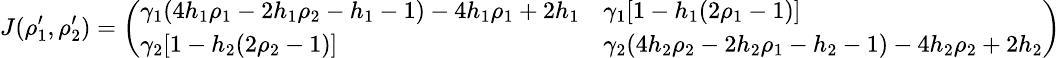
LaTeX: \small J(\rho_{1}^{\prime},\rho_{2}^{\prime})=\left(\begin{array}{ll}{\gamma_{1}(4h_{1}\rho_{1}-2h_{1}\rho_{2}-h_{1}-1)-4h_{1}\rho_{1}+2h_{1}}&{\gamma_{1}[1-h_{1}(2\rho_{1}-1)]}\\ {\gamma_{2}[1-h_{2}(2\rho_{2}-1)]}&{\gamma_{2}(4h_{2}\rho_{2}-2h_{2}\rho_{1}-h_{2}-1)-4h_{2}\rho_{2}+2h_{2}}\end{array}\right)